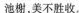
池榭，美不胜收。